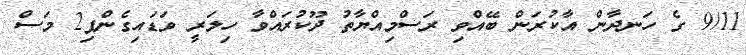
9/11 ގެ ހަނދާން އާކުރަން ބޭއްވި ރަަސްމިއްޔާތު ދޫކުރައްވާ ހިލަރީ ވަޑައިގެންފި2 މަސް